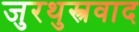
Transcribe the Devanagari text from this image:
जुरथुस्त्रवाद